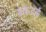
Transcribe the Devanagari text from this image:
उकदई